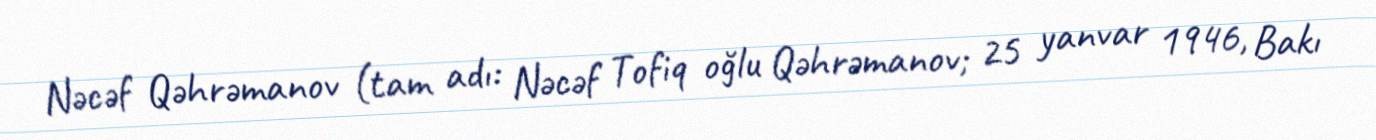
Nəcəf Qəhrəmanov (tam adı: Nəcəf Tofiq oğlu Qəhrəmanov; 25 yanvar 1946, Bakı